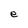
Character: e